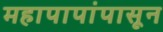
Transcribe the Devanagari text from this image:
महापापांपासून